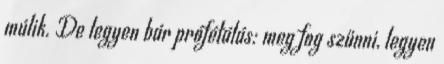
múlik. De legyen bár prófétálás: meg fog szűnni, legyen